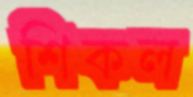
শিকল